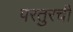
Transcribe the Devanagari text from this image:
परतुरची